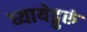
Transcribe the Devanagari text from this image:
ध्यायेद्गुरुं